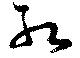
紅